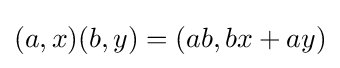
(a,x)(b,y)=(ab,bx+ay)